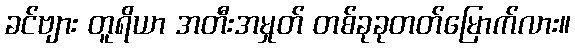
ခင်ဗျား တူရိယာ အတီးအမှုတ် တစ်ခုခုတတ်မြောက်လား။